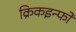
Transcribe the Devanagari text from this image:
क्रिकइन्फो